Madras plague regulations in force outside the Presidency town - Volume 2
Disease focus: Plague
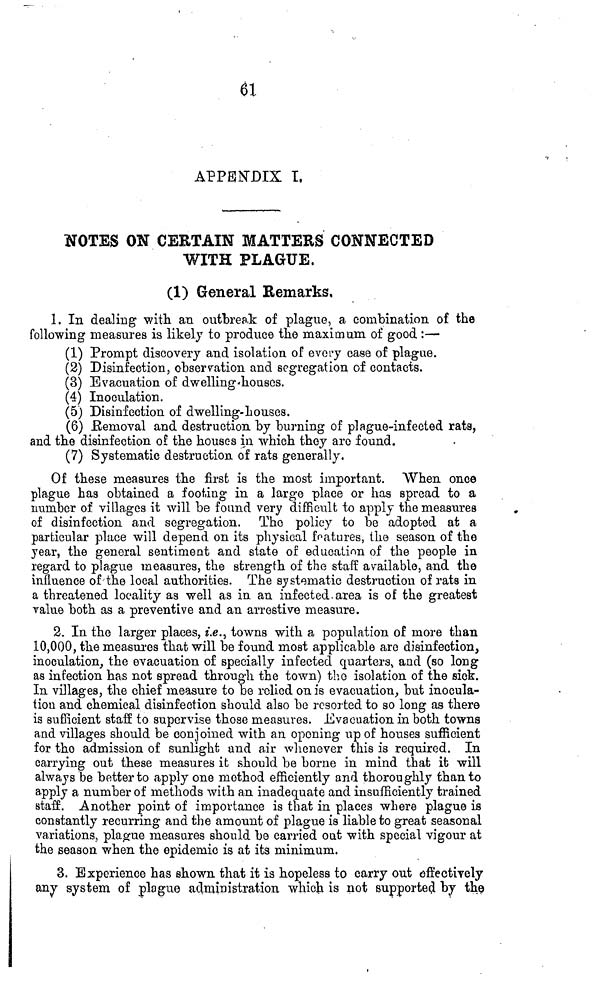
61
APPENDIX I,
NOTES ON CERTAIN MATTERS CONNECTED
WITH PLAGUE.
(1) General Remarks,
1. In dealing with an outbreak of plague, a combination of the
following measures is likely to produce the maximum of good :—
(1) Prompt discovery and isolation of every case of plague.
(2) Disinfection, observation and segregation of contacts.
(3) Evacuation of dwelling-houses.
(4) Inoculation.
(5) Disinfection of dwelling-houses.
(6) Removal and destruction by burning of plague-infected rats,
and the disinfection of the houses in which they aro found.
(7) Systematic destruction of rats generally.
Of these measures the first is the most important. When once
plague has obtained a footing in a large place or has spread to a
number of villages it will be found very difficult to apply the measures
of disinfection and segregation. The policy to be adopted at a
particular place will depend on its physical features, the season of the
year, the general sentiment and state of education of the people in
regard to plague measures, the strength of the staff available, and the
influence of the local authorities. The systematic destruction of rats in
a threatened locality as well as in an infected area is of the greatest
value both as a preventive and an arrestive measure.
2. In the larger places, i.e., towns with a population of more than
10,000, the measures that will be found most applicable are disinfection,
inoculation, the evacuation of specially infected quarter and (so long
as infection has not spread through the town) the isolation of the sick.
In villages, the chief measure to be relied on is evacuation, but inocula-
tion and chemical disinfection should also be resorted to so long as there
is sufficient staff to supervise those measures. .Evacuation in both towns
and villages should be conjoined with an opening up of houses sufficient
for the admission of sunlight and air whenever this is required. In
carrying out these measures it should be borne in mind that it will
always be better to apply one method efficiently and thoroughly than to
apply a number of methods with an inadequate and insufficiently trained
staff. Another point of importance is that in places where plague is
constantly recurring and the amount of plague is liable to great seasonal
variations, plague measures should be carried out with special vigour at
the season when the epidemic is at its minimum.
3. Experience has shown that it is hopeless to carry out effectively
any system of plague administration which is not supported by the